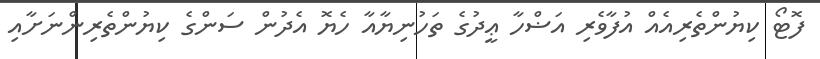
ފޮޓޯ ކިޔުންތެރިއެއް އުފާވެރި އަޟްހާ ޢީދުގެ ތަހުނިޔާއާ ހެޔޮ އެދުން ސަންގެ ކިޔުންތެރިންނަށާއި